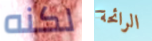
لكنه الرائحة